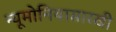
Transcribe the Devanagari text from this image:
न्यूमोनियासारखी